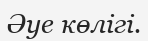
Әуе көлігі.